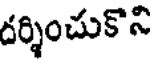
దర్శించుకొని